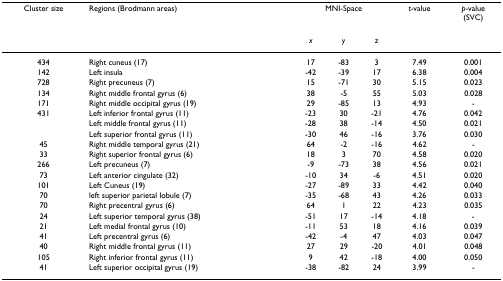
| Cluster size | Regions (Brodmann areas) | <COLSPAN=3> MNI-Space | t-value | p-value(SVC) |
 |  |  | x | y | z |  |  |
 | --- | --- | --- | --- | --- | --- | --- |
 | 434 | Right cuneus (17) | 17 | -83 | 3 | 7.49 | 0.001 |
 | 142 | Left insula | -42 | -39 | 17 | 6.38 | 0.004 |
 | 728 | Right precuneus (7) | 15 | -71 | 30 | 5.15 | 0.023 |
 | 134 | Right middle frontal gyrus (6) | 38 | -5 | 55 | 5.03 | 0.028 |
 | 171 | Right middle occipital gyrus (19) | 29 | -85 | 13 | 4.93 | - |
 | 431 | Left inferior frontal gyrus (11) | -23 | 30 | -21 | 4.76 | 0.042 |
 |  | Left middle frontal gyrus (11) | -28 | 38 | -14 | 4.50 | 0.021 |
 |  | Left superior frontal gyrus (11) | -30 | 46 | -16 | 3.76 | 0.030 |
 | 45 | Right middle temporal gyrus (21) | 64 | -2 | -16 | 4.62 | - |
 | 33 | Right superior frontal gyrus (6) | 18 | 3 | 70 | 4.58 | 0.020 |
 | 266 | Left precuneus (7) | -9 | -73 | 38 | 4.56 | 0.021 |
 | 73 | Left anterior cingulate (32) | -10 | 34 | -6 | 4.51 | 0.020 |
 | 101 | Left Cuneus (19) | -27 | -89 | 33 | 4.42 | 0.040 |
 | 70 | left superior parietal lobule (7) | -35 | -68 | 43 | 4.26 | 0.033 |
 | 70 | Right precentral gyrus (6) | 64 | 1 | 22 | 4.23 | 0.035 |
 | 24 | Left superior temporal gyrus (38) | -51 | 17 | -14 | 4.18 | - |
 | 21 | Left medial frontal gyrus (10) | -11 | 53 | 18 | 4.16 | 0.039 |
 | 41 | Left precentral gyrus (6) | -42 | -4 | 47 | 4.03 | 0.047 |
 | 40 | Right middle frontal gyrus (11) | 27 | 29 | -20 | 4.01 | 0.048 |
 | 105 | Right inferior frontal gyrus (11) | 9 | 42 | -18 | 4.00 | 0.050 |
 | 41 | Left superior occipital gyrus (19) | -38 | -82 | 24 | 3.99 | - |